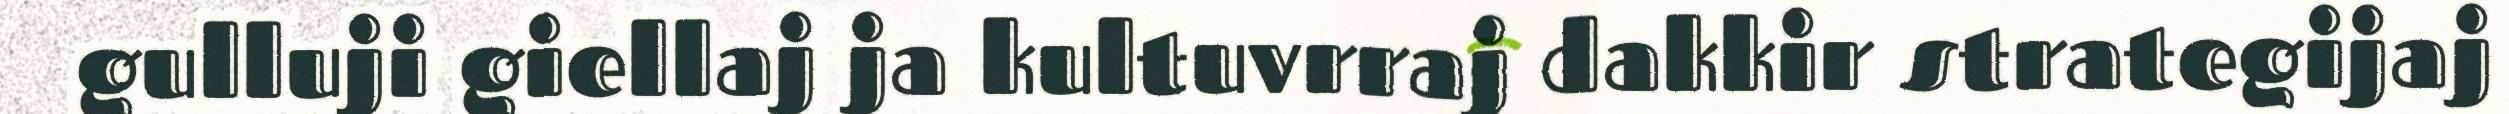
gulluji giellaj ja kultuvrraj dakkir strategijaj